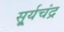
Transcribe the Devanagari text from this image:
सू्र्यचंद्र